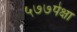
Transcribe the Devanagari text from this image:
५७७पेक्षा